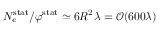
N _ { e } ^ { \mathrm { s t a t } } / \varphi ^ { \mathrm { s t a t } } \simeq 6 R ^ { 2 } \lambda = \mathcal { O } ( 6 0 0 \lambda )